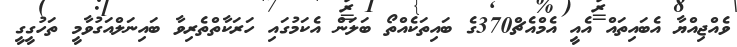
ވެއްޖިއްޔާ އެބައިތައް އެއީ އެމްއެޗް370ގެ ބައިތަކެއްތޯ ބަލަން އެކަމުގައި ހަރަކާތްތެރިވާ ބައިނަލްއަގުވާމީ ތަހުގީގީ